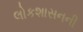
લોકશાસનની